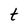
Character: t